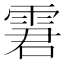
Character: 𩂿